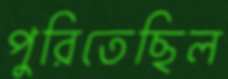
পুরিতেছিল